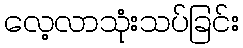
လေ့လာသုံးသပ်ခြင်း